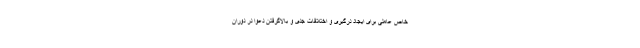
خاص عاملی برای ایجاد درگیری و اختلافات جدی و بالاگرفتن دعوا در دوران